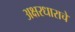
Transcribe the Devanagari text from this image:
अक्षरधाराचे